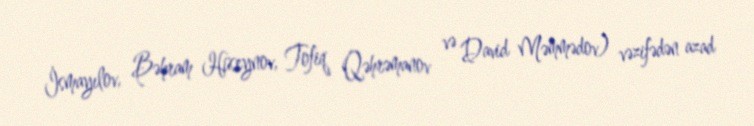
İsmayılov, Bəhram Hüseynov, Tofiq Qəhrəmanov və David Məmmədov) vəzifədən azad